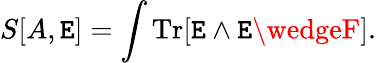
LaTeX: S[A,\mathtt{E}]=\int\mathrm{{Tr}}[\mathtt{E}\wedge\mathtt{E}\wedgeF].